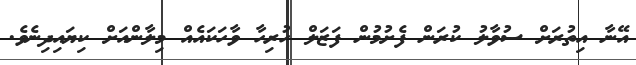
އޭނާ އިތުރަށް ސުވާލު ކުރަން ފެށުމުން ފަޒަލް ހުރިހާ ވާހަކައެއް މިލާންއަށް ކިޔައިދިނެވެ.